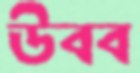
উবব